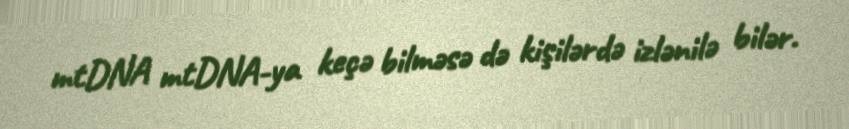
mtDNA mtDNA-ya keçə bilməsə də kişilərdə izlənilə bilər.